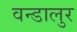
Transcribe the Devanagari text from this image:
वन्डालुर